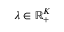
\lambda \in \mathbb { R } _ { + } ^ { K }